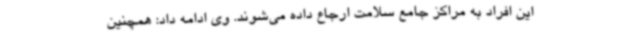
این افراد به مراکز جامع سلامت ارجاع داده می‌شوند. وی ادامه داد: همچنین